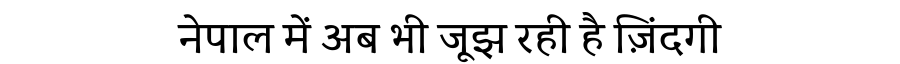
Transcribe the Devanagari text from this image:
नेपाल में अब भी जूझ रही है ज़िंदगी